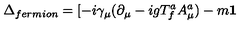
\Delta _ { f e r m i o n } = [ - i \gamma _ { \mu } ( \partial _ { \mu } - i g T _ { f } ^ { a } A _ { \mu } ^ { a } ) - m { \bf 1 }